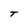
Character: T